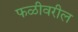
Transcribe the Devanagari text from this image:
फळीवरील